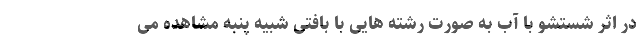
در اثر شستشو با آب به صورت رشته هایی با بافتی شبیه پنبه مشاهده می